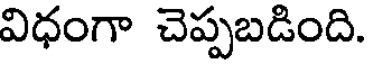
విధంగా చెప్పబడింది.